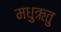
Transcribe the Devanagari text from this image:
मधुऋतु